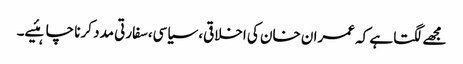
مجھے لگتا ہے کہ عمران خان کی اخلاقی، سیاسی،سفارتی مدد کرنا چاہئیے۔